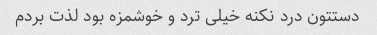
دستتون درد نکنه خیلی ترد و خوشمزه بود لذت بردم